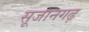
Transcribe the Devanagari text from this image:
सूजानगढ़